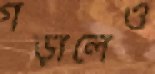
গড়ালেও